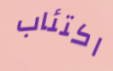
اكتئاب